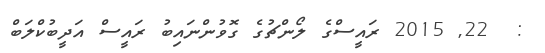
:  22